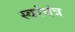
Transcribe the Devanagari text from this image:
स्वरंयंत्र